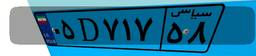
۰۵D۷۱۷۵۸